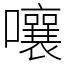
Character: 嚷